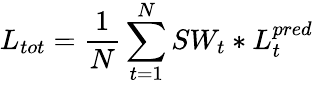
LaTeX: L_{tot}=\frac{1}{N}\sum_{t=1}^{N}SW_{t}*L_{t}^{pred}